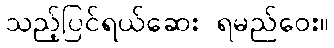
သည့်ပြင်ရယ်ဆေး ရမည်ဝေး။